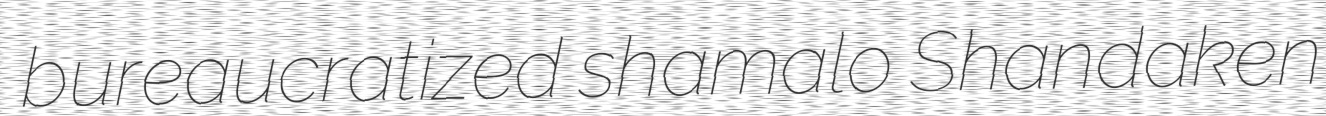
bureaucratized shamalo Shandaken